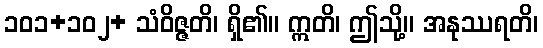
၁၀၁+၁၀၂+ သံဝိဇ္ဇတိ၊ ရှိ၏။ ဣတိ၊ ဤသို့။ အနုဿရတိ၊